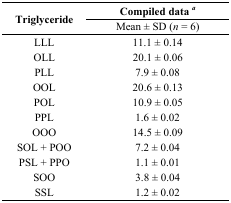
<table><thead><tr><td rowspan="2"><b>Triglyceride</b></td><td><b>Compiled data<i><sup>a</sup></i></b></td></tr><tr><td><b>Mean ± SD (<i>n</i> = 6)</b></td></tr></thead><tbody><tr><td>LLL</td><td>11.1 ± 0.14</td></tr><tr><td>OLL</td><td>20.1 ± 0.06</td></tr><tr><td>PLL</td><td>7.9 ± 0.08</td></tr><tr><td>OOL</td><td>20.6 ± 0.13</td></tr><tr><td>POL</td><td>10.9 ± 0.05</td></tr><tr><td>PPL</td><td>1.6 ± 0.02</td></tr><tr><td>OOO</td><td>14.5 ± 0.09</td></tr><tr><td>SOL + POO</td><td>7.2 ± 0.04</td></tr><tr><td>PSL + PPO</td><td>1.1 ± 0.01</td></tr><tr><td>SOO</td><td>3.8 ± 0.04</td></tr><tr><td>SSL</td><td>1.2 ± 0.02</td></tr></tbody></table>